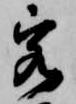
客